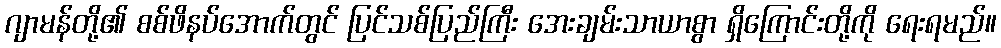
ဂျာမန်တို့၏ စစ်ဖိနပ်အောက်တွင် ပြင်သစ်ပြည်ကြီး အေးချမ်းသာယာစွာ ရှိကြောင်းတို့ကို ရေးရမည်။